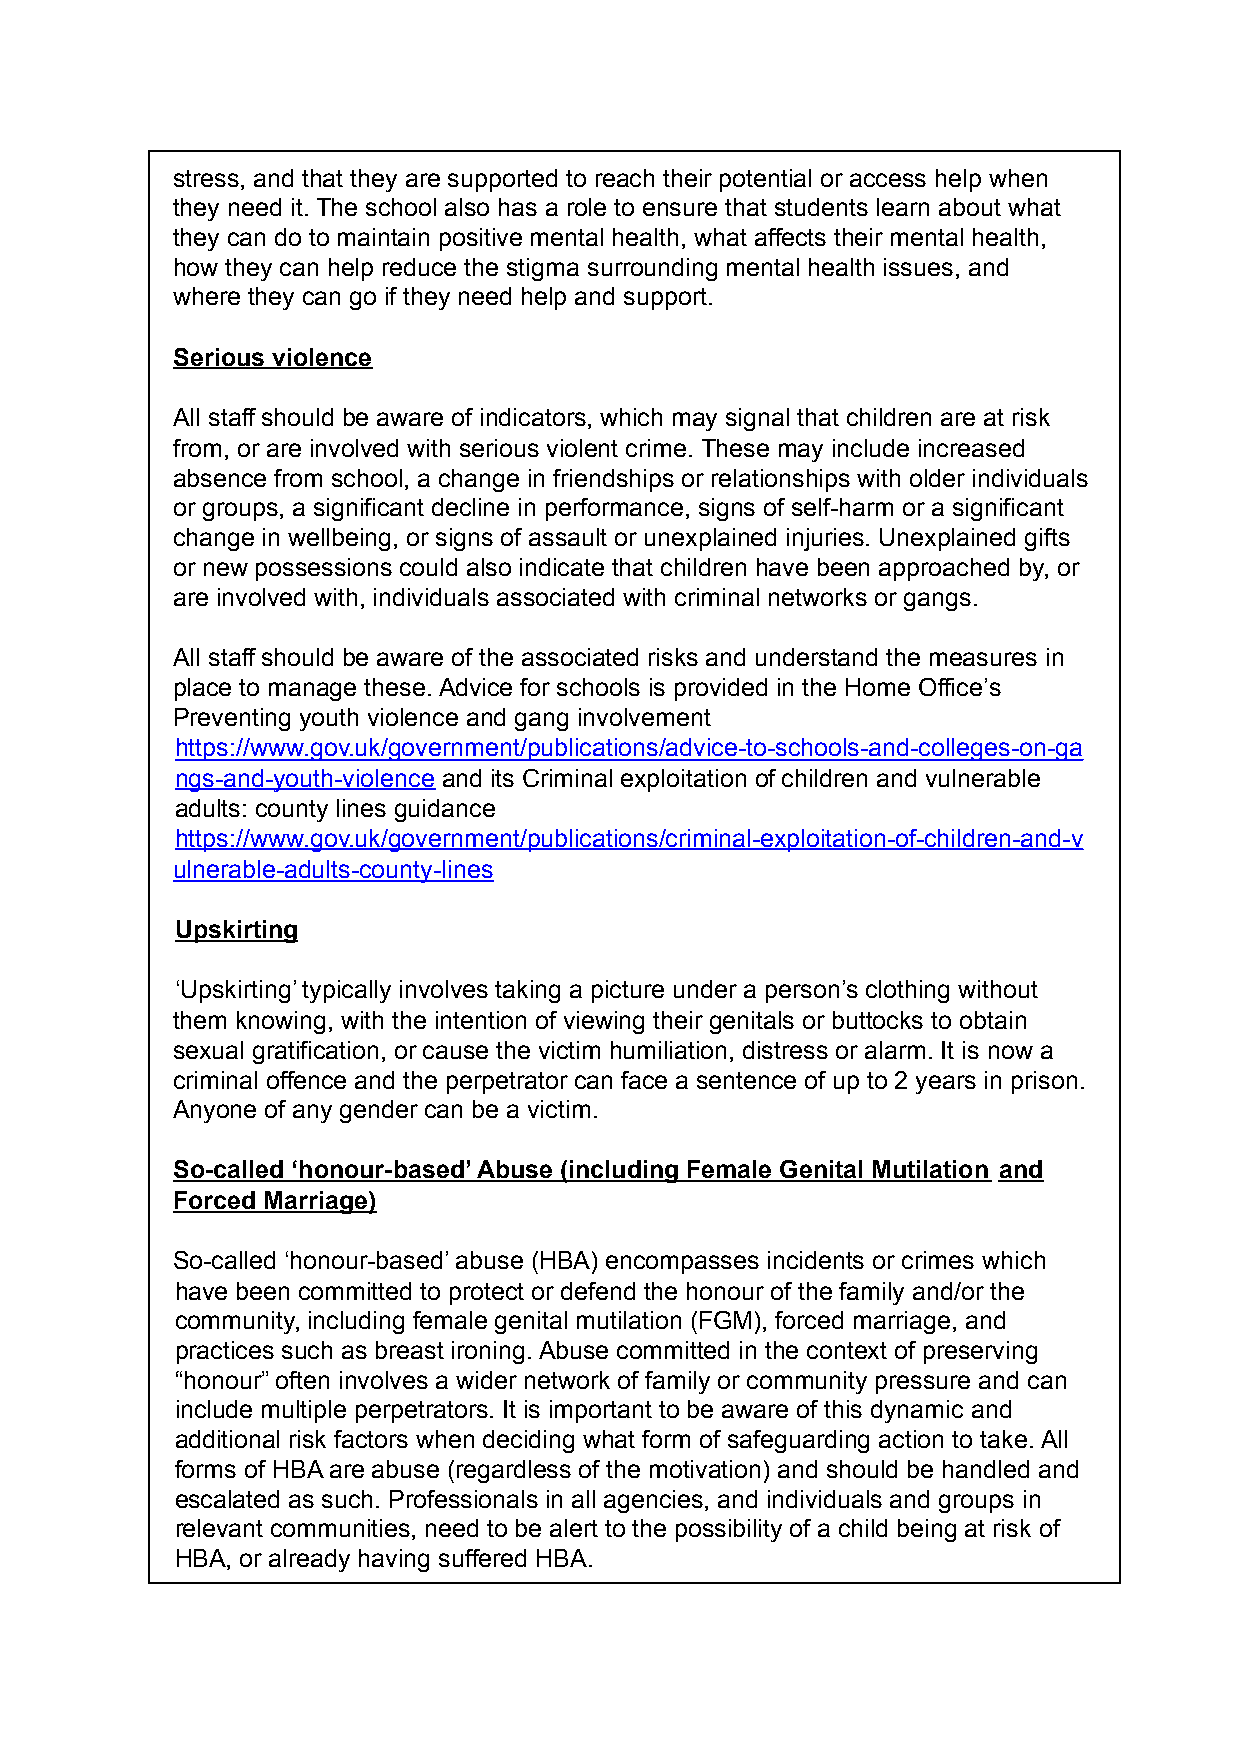
stress, and that they are supported to reach their potential or access help when
 they need it. The school also has a role to ensure that students learn about what
 they can do to maintain positive mental health, what affects their mental health,
 how they can help reduce the stigma surrounding mental health issues, and
 where they can go if they need help and support.
 Serious violence
 All staff should be aware of indicators, which may signal that children are at risk
 from, or are involved with serious violent crime. These may include increased
 absence from school, a change in friendships or relationships with older individuals
 or groups, a significant decline in performance, signs of self-harm or a significant
 change in wellbeing, or signs of assault or unexplained injuries. Unexplained gifts
 or new possessions could also indicate that children have been approached by, or
 are involved with, individuals associated with criminal networks or gangs.
 All staff should be aware of the associated risks and understand the measures in
 place to manage these. Advice for schools is provided in the Home Office’s
 Preventing youth violence and gang involvement
 https://www.gov.uk/government/publications/advice-to-schools-and-colleges-on-ga
 ngs-and-youth-violence and its Criminal exploitation of children and vulnerable
 adults: county lines guidance
 https://www.gov.uk/government/publications/criminal-exploitation-of-children-and-v
 ulnerable-adults-county-lines
 Upskirting
 ‘Upskirting’ typically involves taking a picture under a person’s clothing without
 them knowing, with the intention of viewing their genitals or buttocks to obtain
 sexual gratification, or cause the victim humiliation, distress or alarm. It is now a
 criminal offence and the perpetrator can face a sentence of up to 2 years in prison.
 Anyone of any gender can be a victim.
 So-called ‘honour-based’ Abuse (including Female Genital Mutilation and
 Forced Marriage)
 So-called ‘honour-based’ abuse (HBA) encompasses incidents or crimes which
 have been committed to protect or defend the honour of the family and/or the
 community, including female genital mutilation (FGM), forced marriage, and
 practices such as breast ironing. Abuse committed in the context of preserving
 “honour” often involves a wider network of family or community pressure and can
 include multiple perpetrators. It is important to be aware of this dynamic and
 additional risk factors when deciding what form of safeguarding action to take. All
 forms of HBA are abuse (regardless of the motivation) and should be handled and
 escalated as such. Professionals in all agencies, and individuals and groups in
 relevant communities, need to be alert to the possibility of a child being at risk of
 HBA, or already having suffered HBA.